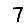
Digit: 7